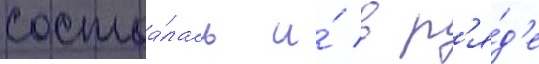
состоа́лась и́ в р'я́д'е